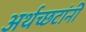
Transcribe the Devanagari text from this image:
अर्थच्‍छटांनी